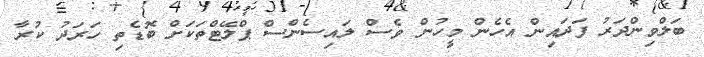
ބަލްވިންދަރު ފަދައިން އެހެން މީހުން ވެސް ލައިސެންސް ޕްލޭޓްތަކަށް ބޮޑެތި ހަރަދު ކުރާ